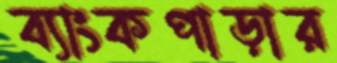
ব্যাংকপাড়ার